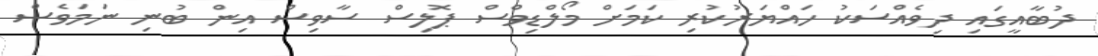
ދުބާއީގައި ދިވެއްސަކު ހައްޔަރުކުރި ކަމަށް މޯލްޑިވްސް ޕޮލިސް ސާވިސް އިން ބުނި ނަމަވެސް